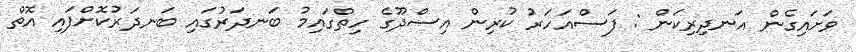
ވަށައިގެން އަނދިރިކަން : ފަސްއަހަރު ކުރިން އިސްދޫގެ ހިތްގައިމު ބަނދަރުގައި ބަނދަރުކޮށްފައި އޮތް